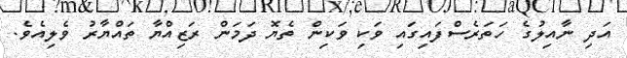
އަދި ނާއިލުގެ ހަތަރެސްފައިގައި ވަކި ވަކިން ތެޔޮ ދަމަން ރަޒިއްޔާ ތައްޔާރު ވެލިއެވެ.